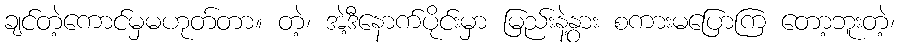
ချင်တဲ့ကောင်မှမဟုတ်တာ။ တဲ့၊ အဲ့ဒီနောက်ပိုင်းမှာ မြည်းနဲ့နွား စကားမပြောကြ တော့ဘူးတဲ့၊